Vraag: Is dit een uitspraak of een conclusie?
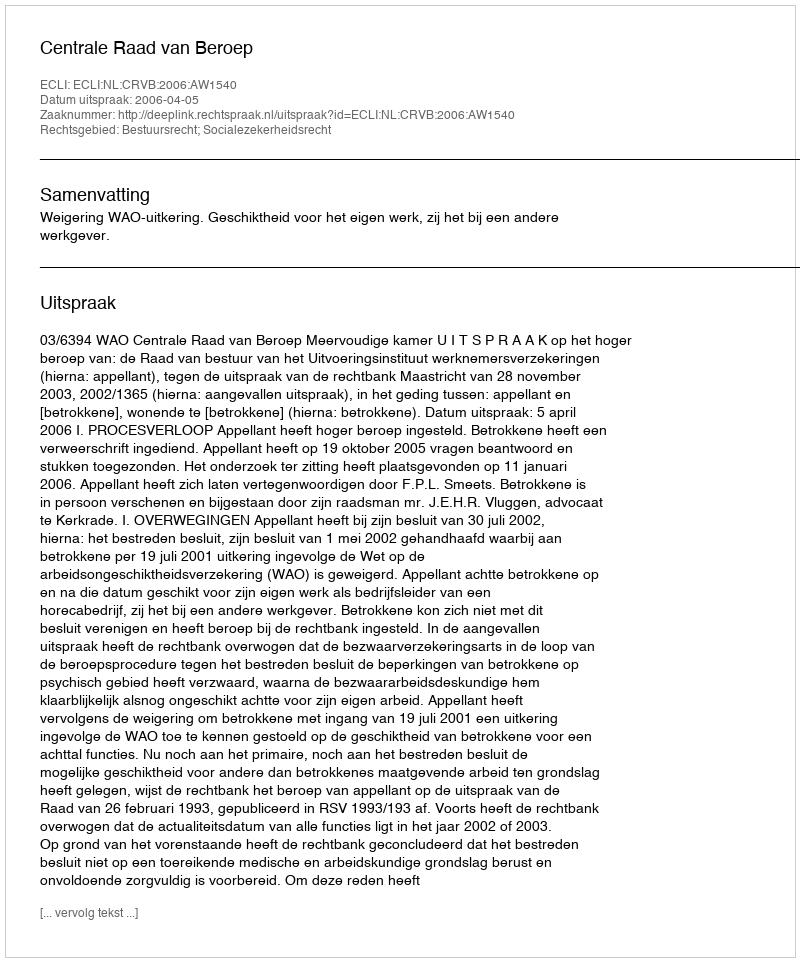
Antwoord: Uitspraak